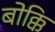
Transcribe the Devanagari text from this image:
बोक्कि